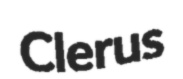
Clerus